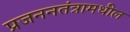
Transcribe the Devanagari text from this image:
प्रजननतंत्रामधील